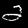
Label: 2